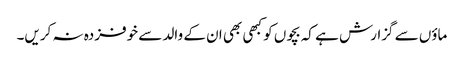
ماؤں سے گزارش ہے کہ بچوں کو کبھی بھی ان کے والد سے خوفزدہ نہ کریں۔